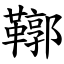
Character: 鞹